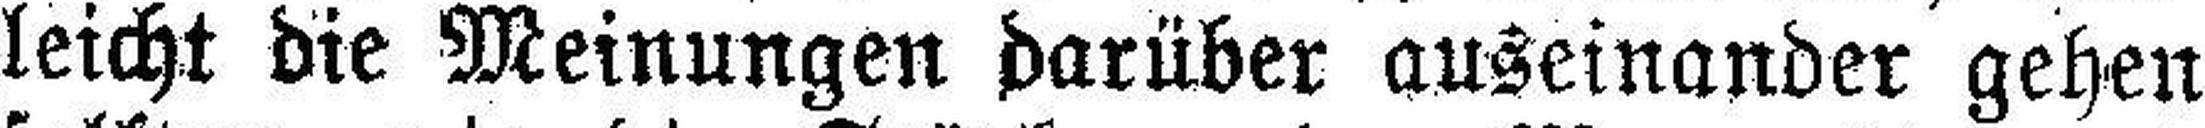
leicht die Meinungen darüber auseinander gehen